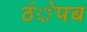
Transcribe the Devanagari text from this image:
ठंेपब